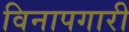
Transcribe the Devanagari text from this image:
विनापगारी